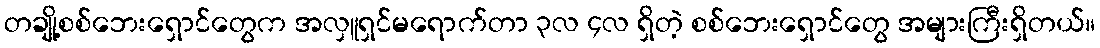
တချို့စစ်ဘေးရှောင်တွေက အလှူရှင်မရောက်တာ ၃လ ၄လ ရှိတဲ့ စစ်ဘေးရှောင်တွေ အများကြီးရှိတယ်။